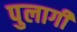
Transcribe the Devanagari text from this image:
पुलागी